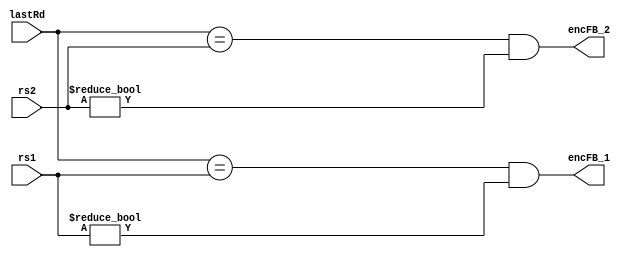
module forwardingBoard(lastRd,rs1,rs2,encFB_1,encFB_2);
	input [4:0] lastRd,rs1,rs2;
	output encFB_1, encFB_2;
	
	assign encFB_1 = (lastRd == rs1 && rs1 != 0);
	assign encFB_2 = (lastRd == rs2 && rs2 != 0);
endmodule